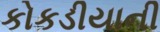
કોકડીયાની